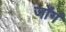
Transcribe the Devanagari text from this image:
जोंगं